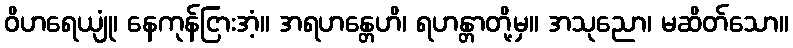
ဝိဟရေယျုံ၊ နေကုန်ငြားအံ့။ အရဟန္တေဟိ၊ ရဟန္တာတို့မှ။ အသုညော၊ မဆိတ်သော။